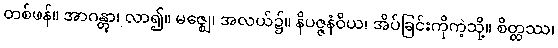
တစ်ဖန်။ အာဂန္တွာ၊ လာ၍။ မဇ္ဈေ၊ အလယ်၌။ နိပဇ္ဇနံဝိယ၊ အိပ်ခြင်းကိုကဲ့သို့။ စိတ္တဿ၊